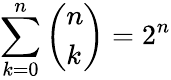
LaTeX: \sum_{k=0}^{n}\left(\begin{array}{l}{n}\\ {k}\end{array}\right)=2^{n}